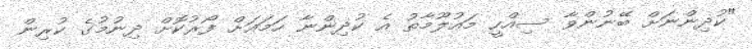
"ކުދިންނަށް ބޭނުންވާ ސިއްހީ މައުލޫމާތު އެ ކުދިންނާ ހަމައަށް ފޯރުކޮށް ދިނުމުގެ ކުރިން